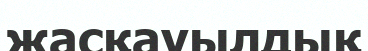
жасқауылдық